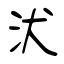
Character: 汱